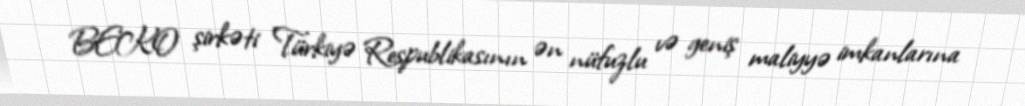
BEKO şirkəti Türkiyə Respublikasının ən nüfuzlu və geniş maliyyə imkanlarına